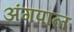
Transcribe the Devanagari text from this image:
अंगपाल